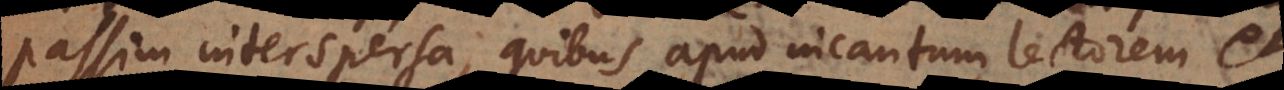
passim interspersa, quibus apud incautum lectorem et